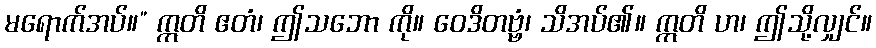
မရောက်အပ်။” ဣတိ ဧတံ၊ ဤသဘော ကို။ ဝေဒိတဗ္ဗံ၊ သိအပ်၏။ ဣတိ ဟ၊ ဤသို့လျှင်။